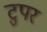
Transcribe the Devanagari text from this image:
टुपर